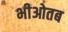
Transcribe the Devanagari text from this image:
भीओतब